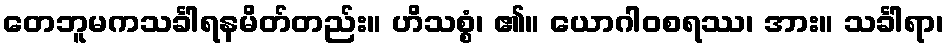
တေဘူမကသင်္ခါရနမိတ်တည်း။ ဟိသစ္စံ၊ ၏။ ယောဂါဝစရဿ၊ အား။ သင်္ခါရာ၊